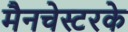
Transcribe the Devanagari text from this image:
मैनचेस्टरके